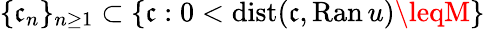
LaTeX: \{ \mathfrak{c}_{n}\} _{n\geq1}\subset\{ \mathfrak{c}:0<\mathrm{{dist}}(\mathfrak{c},\mathrm{{Ran}}\, u)\leqM\}